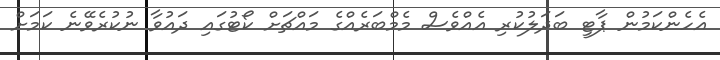
އެހެންކަމުން ޕާޓީ ބަދަލުކުރި އެއްވެސް މެމްބަރެއްގެ މައްޗަށް ކޯޓުގައި ދައުވާ ނުކުރެވޭނެ ކަމަށް